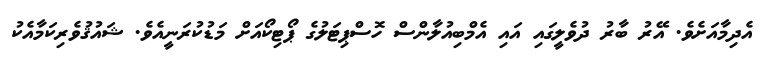
އެދިމާއަށެވެ. އޭރު ބާރު ދުވެލީގައި އައި އެމްބިއުލާންސް ހޮސްޕިޓަލުގެ ޕޯޓިކޯއަށް މަޑުކުރަނީއެވެ. ޝައުޤުވެރިކަމާއެކު